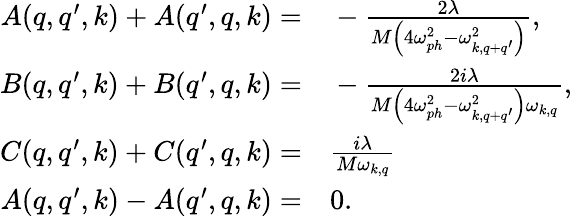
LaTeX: \begin{array}{rl}{A(q,q^{\prime},k)+A(q^{\prime},q,k)=}&{{}-\frac{2\lambda}{M\left(4\omega_{ph}^{2}-\omega_{k,q+q^{\prime}}^{2}\right)},}\\ {B(q,q^{\prime},k)+B(q^{\prime},q,k)=}&{{}-\frac{2i\lambda}{M\left(4\omega_{ph}^{2}-\omega_{k,q+q^{\prime}}^{2}\right)\omega_{k,q}},}\\ {C(q,q^{\prime},k)+C(q^{\prime},q,k)=}&{{}\frac{i\lambda}{M\omega_{k,q}}}\\ {A(q,q^{\prime},k)-A(q^{\prime},q,k)=}&{{}0.}\end{array}